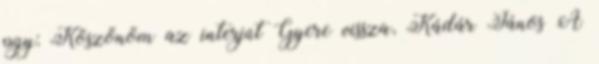
pgy: Köszönöm az interjút Gyere vissza, Kádár János A